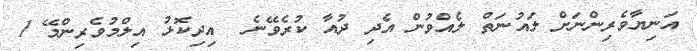
އަނިޔާވެރިންނަށް ލައުނަތް ލެއްވުން އެދި ދުއާ ކުރެވޭނެ  އިދިކޮޅު އިލްމުވެރިންމޭ 1